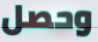
وحصل